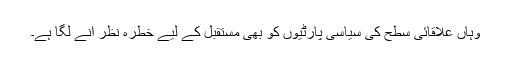
وہاں علاقائی سطح کی سیاسی پارٹیوں کو بھی مستقبل کے لیے خطرہ نظر آنے لگا ہے۔